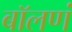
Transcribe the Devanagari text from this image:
बॉलणं